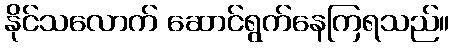
နိုင်သလောက် ဆောင်ရွက်နေကြရသည်။